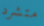
متشرد